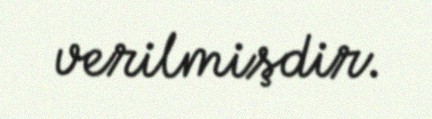
verilmişdir.